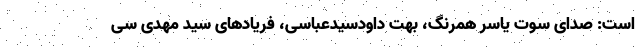
است: صدای سوت یاسر همرنگ، بُهت داودسیدعباسی، فریادهای سید مهدی سی